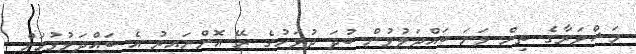
މަޝްވަރާގެ ތިން ވަނަ ބައްދަލުވުން ބުދަ ދުވަހުގެ ރޭ އޮންނައިރު އެ ބައްދަލުވުމަށް